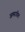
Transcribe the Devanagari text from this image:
अमरगीत